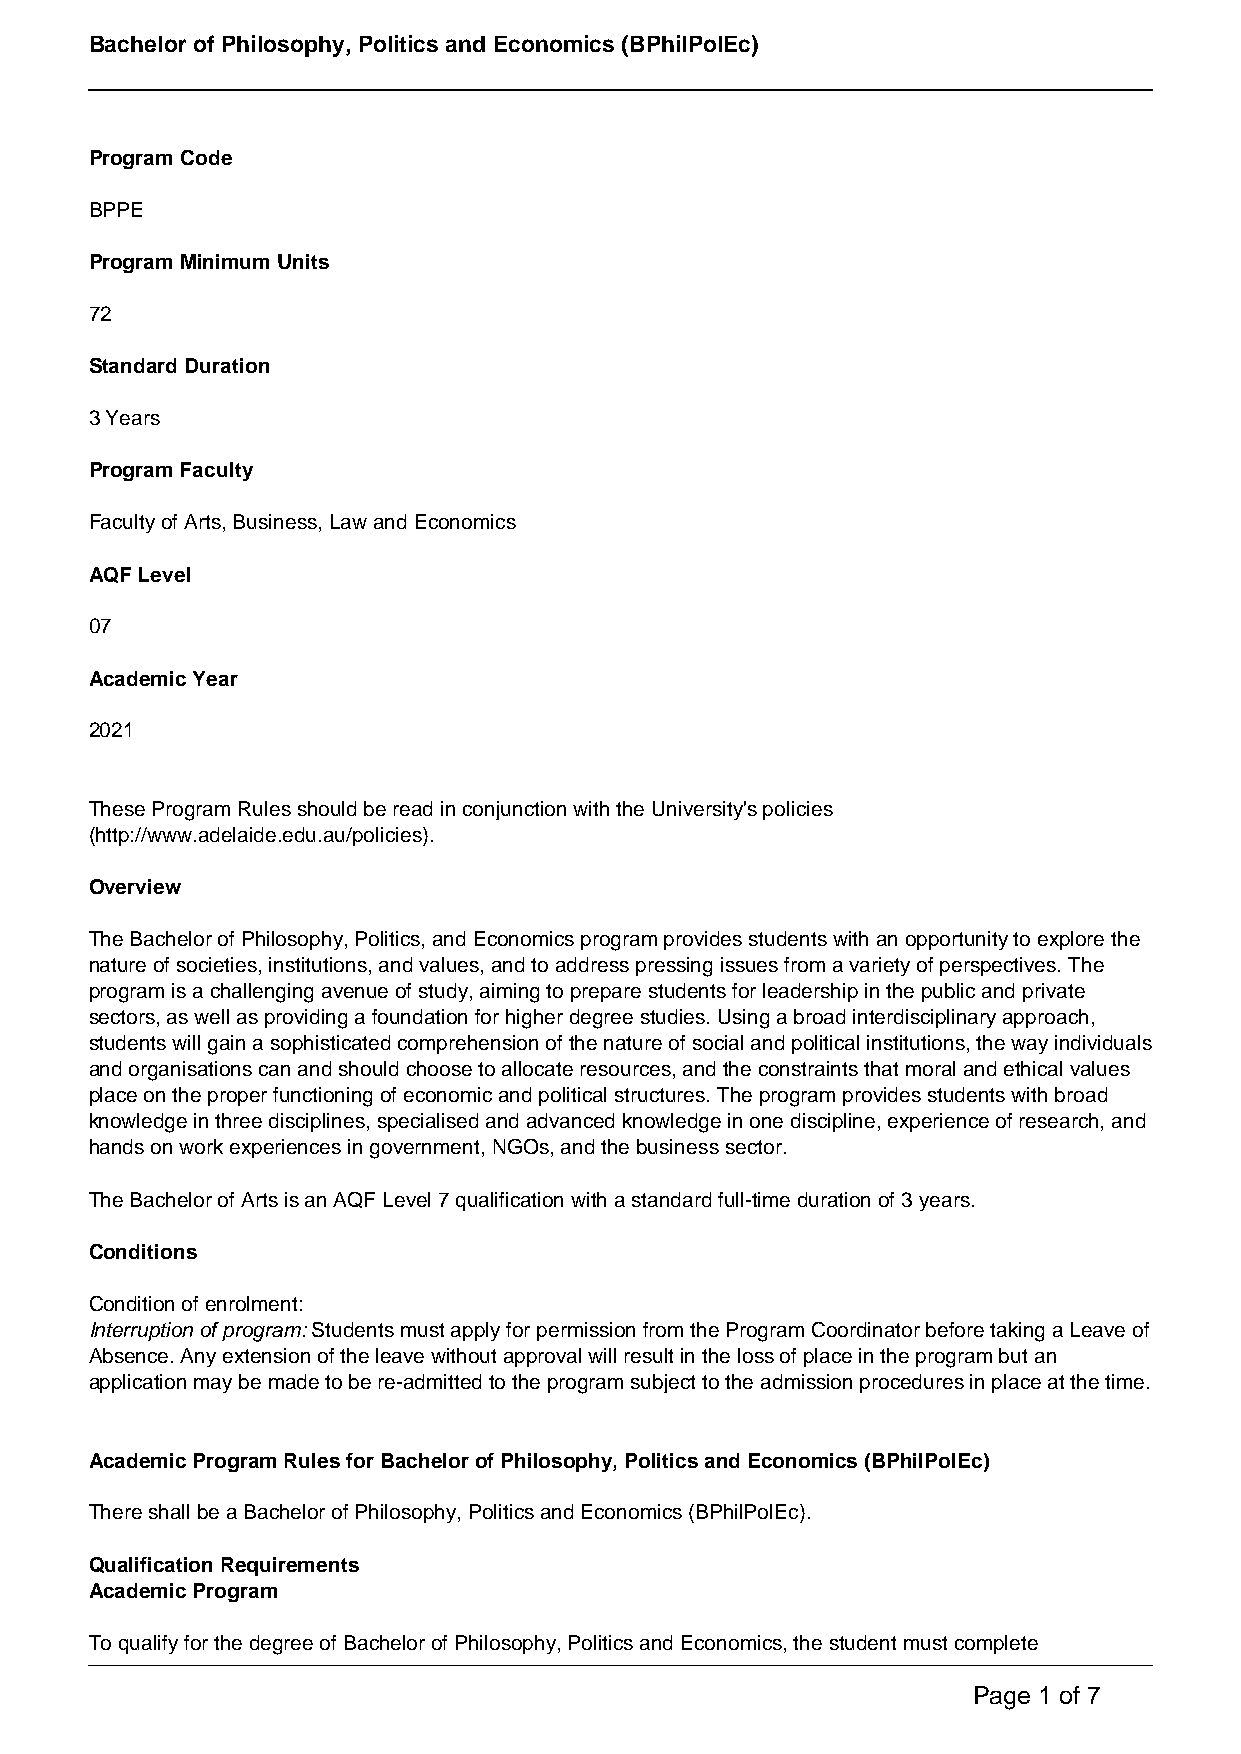
Bachelor of Philosophy, Politics and Economics (BPhilPolEc)
 Program Code
 BPPE
 Program Minimum Units
 72
 Standard Duration
 3 Years
 Program Faculty
 Faculty of Arts, Business, Law and Economics
 AQF Level
 07
 Academic Year
 2021
 These Program Rules should be read in conjunction with the University's policies
 (http://www.adelaide.edu.au/policies).
 Overview
 The Bachelor of Philosophy, Politics, and Economics program provides students with an opportunity to explore the
 nature of societies, institutions, and values, and to address pressing issues from a variety of perspectives. The
 program is a challenging avenue of study, aiming to prepare students for leadership in the public and private
 sectors, as well as providing a foundation for higher degree studies. Using a broad interdisciplinary approach,
 students will gain a sophisticated comprehension of the nature of social and political institutions, the way individuals
 and organisations can and should choose to allocate resources, and the constraints that moral and ethical values
 place on the proper functioning of economic and political structures. The program provides students with broad
 knowledge in three disciplines, specialised and advanced knowledge in one discipline, experience of research, and
 hands on work experiences in government, NGOs, and the business sector.
 The Bachelor of Arts is an AQF Level 7 qualification with a standard full-time duration of 3 years.
 Conditions
 Condition of enrolment:
 Interruption of program: Students must apply for permission from the Program Coordinator before taking a Leave of
 Absence. Any extension of the leave without approval will result in the loss of place in the program but an
 application may be made to be re-admitted to the program subject to the admission procedures in place at the time.
 Academic Program Rules for Bachelor of Philosophy, Politics and Economics (BPhilPolEc)
 There shall be a Bachelor of Philosophy, Politics and Economics (BPhilPolEc).
 Qualification Requirements
 Academic Program
 To qualify for the degree of Bachelor of Philosophy, Politics and Economics, the student must complete
 Page 1 of 7